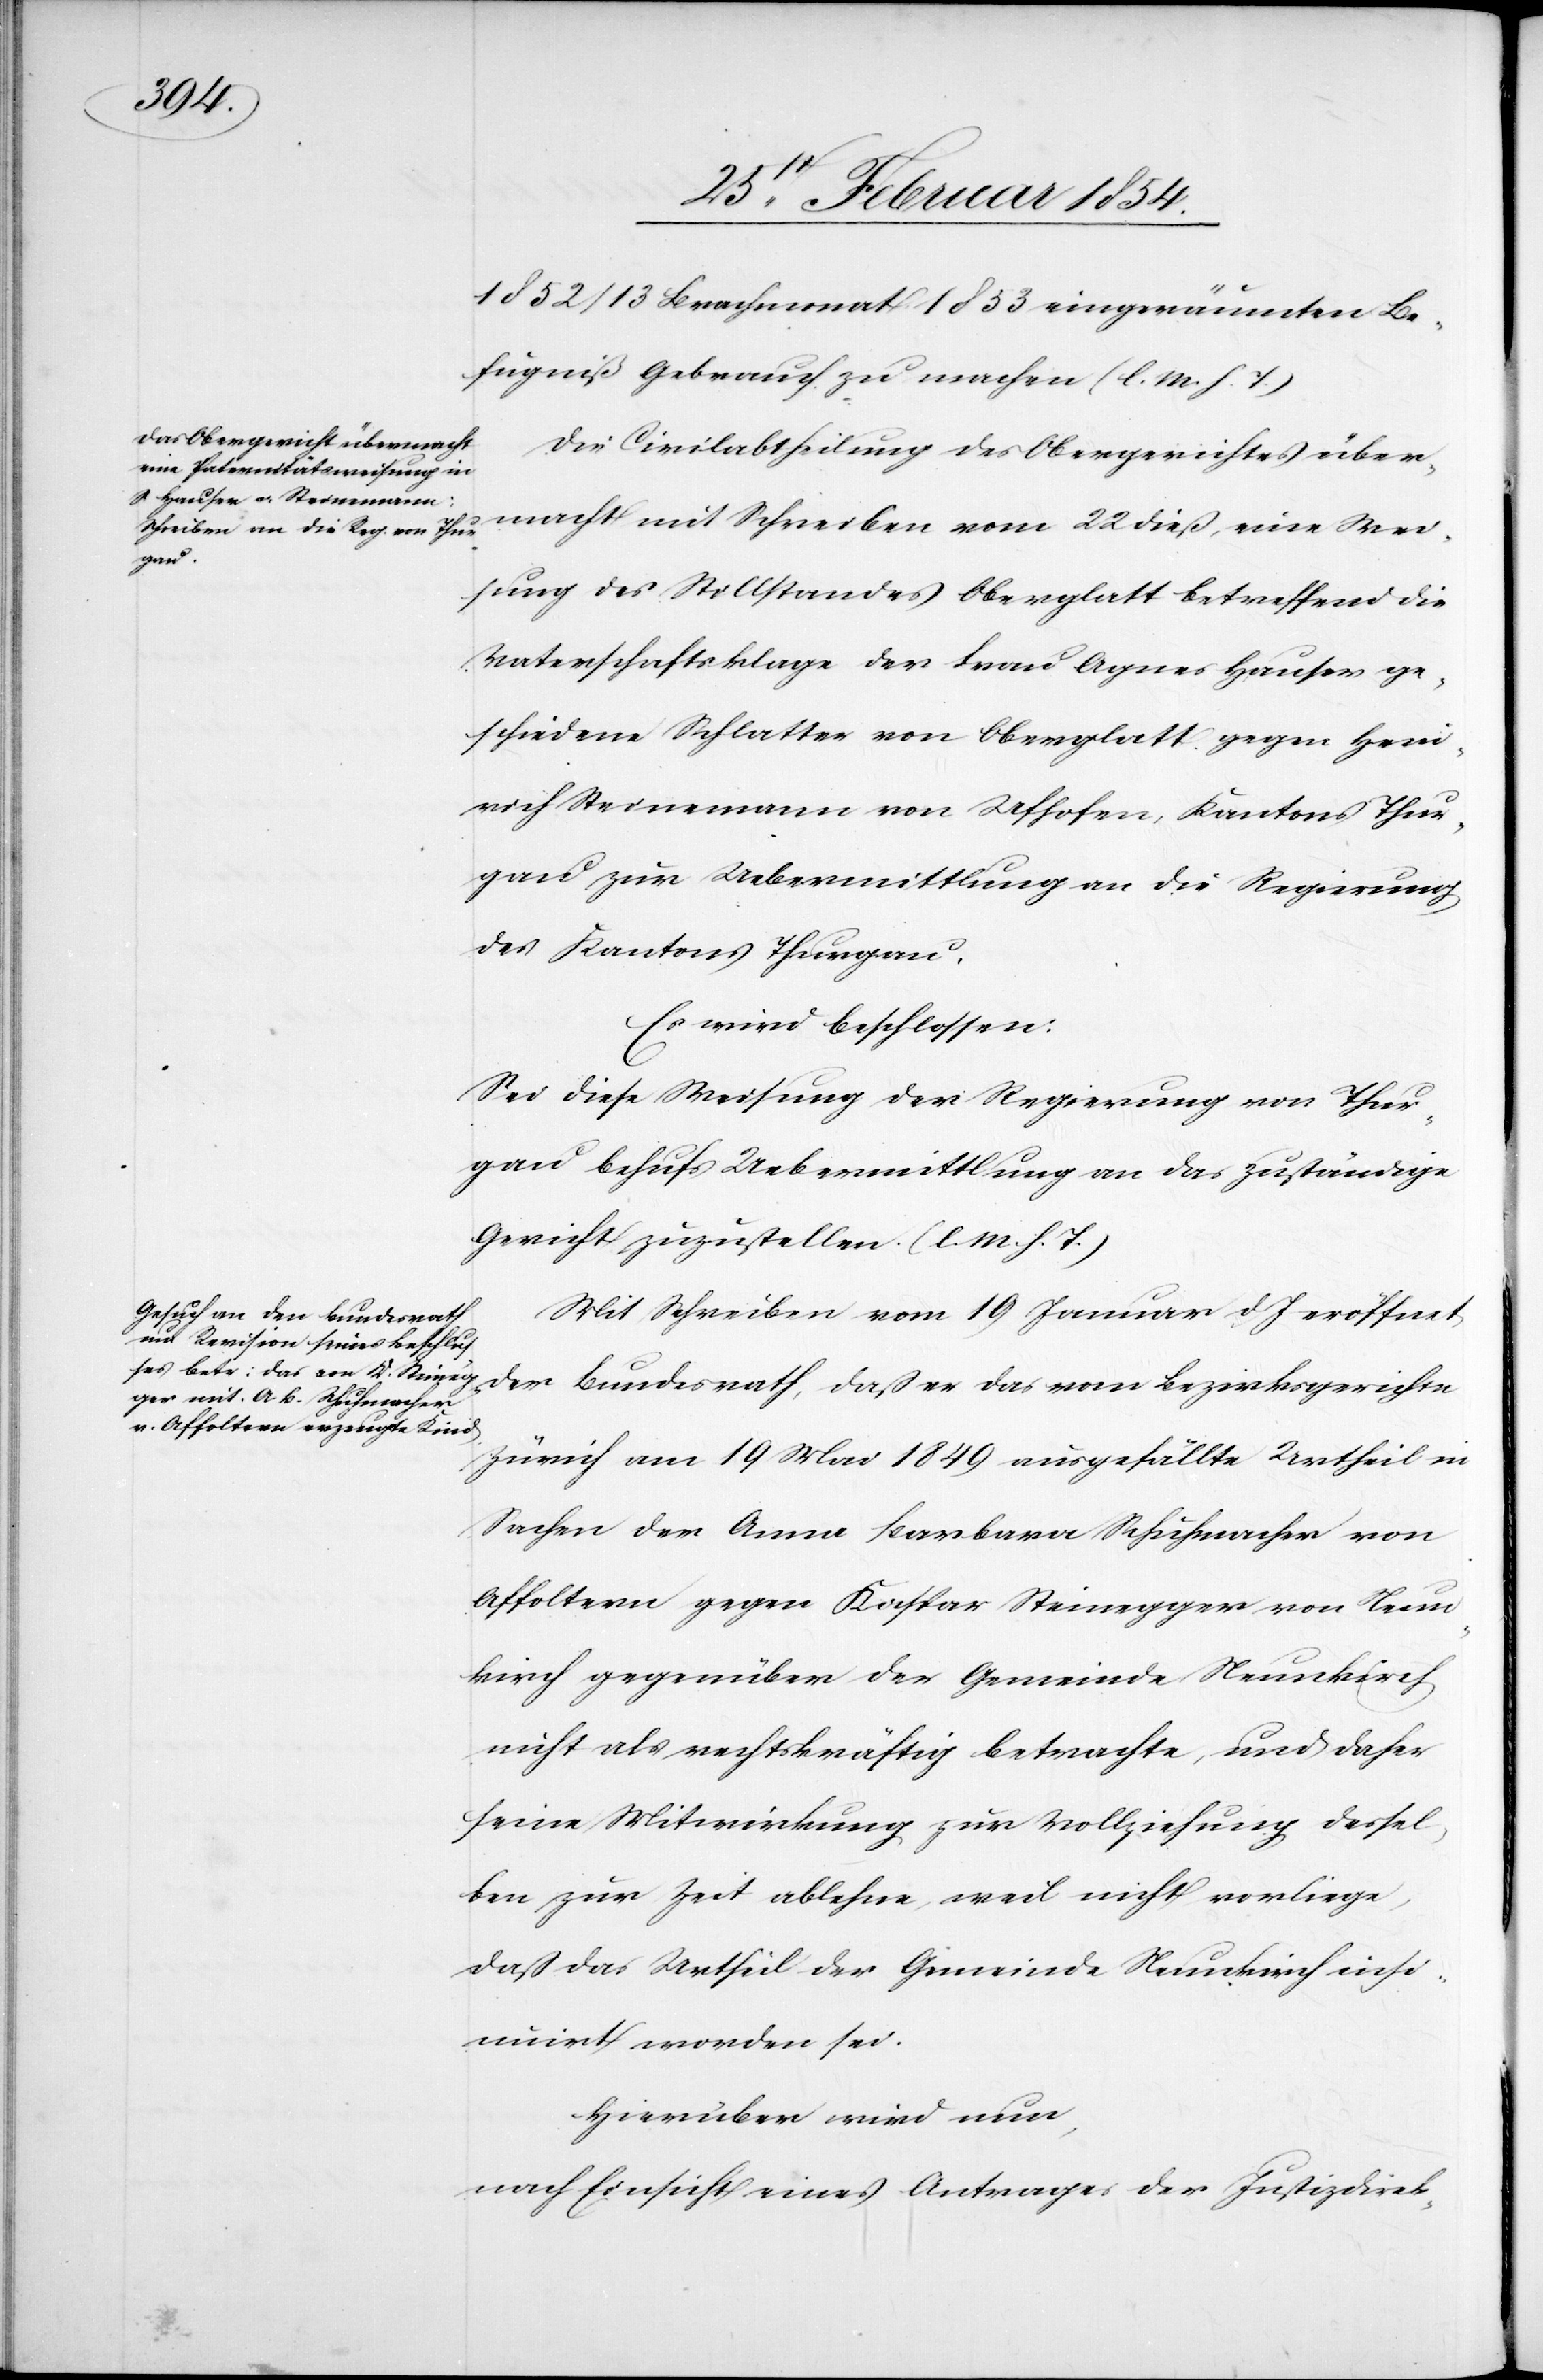
das
1852 / 13 Brachmonat 1853 eingeräumten Be¬
fugniß Gebrauch zu machen (l. M. h. T.)[.]
Die Civilabtheilung des Obergerichtes über¬
macht mit Schreiben vom 22 dieß, eine Wei¬
der
sung des Stillstandes Oberglatt betreffend die
Vaterschaftsklage der Frau Agnes Hauser ge¬
schiedene Schlatter von Oberglatt gegen Hein¬
rich Steinemann von Ufhofen, Kantons Thur¬
gau zur Uebermittlung an die Regierung
des Kantons Thurgau.
Es wird beschlossen:
Sei diese Weisung der Regierung von Thur¬
gau behufs Uebermittlung an das zuständige
Gericht zuzustellen. (l. M. h. T.)
Mit Schreiben vom 19 Januar d J eröffnet
Zürich am 19 Mai 1849 ausgefällte Urtheil in
Sachen der Anna Barbara Schuhmacher von
Affoltern gegen Kaspar Steinegger von Neun¬
kirch gegenüber der Gemeinde Neunkirch
nicht als rechtskräftig betrachte, und daher
seine Mitwirkung zur Vollziehung dessel¬
ben zur Zeit ablehne, weil nicht vorliege,
daß das Urtheil der Gemeinde Neunkirch insi¬
nuirt worden sei.
Hierüber wird nun,
nach Einsicht eines Antrages der Justizdirek-